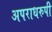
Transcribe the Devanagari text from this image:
अपराधरुपी